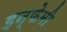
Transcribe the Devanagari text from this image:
इन्फेमी